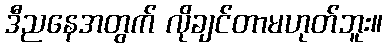
ဒီညနေအတွက် လိုချင်တာမဟုတ်ဘူး။